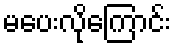
မပေးလိုကြောင်း